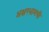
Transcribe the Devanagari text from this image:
अक्षरधामची